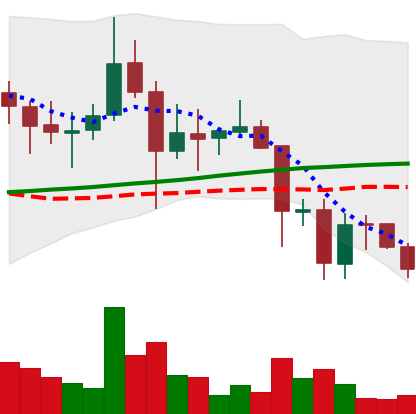
Ticker: DOGE-USD
Chart end date: 2021-11-22
Forward return: -6.523%
Label: down_5_7